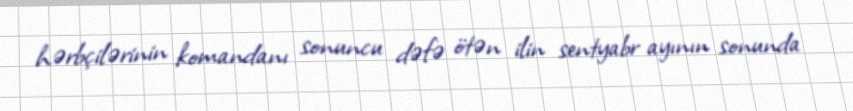
hərbçilərinin komandanı sonuncu dəfə ötən ilin sentyabr ayının sonunda